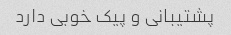
پشتیبانی و پیک خوبی دارد